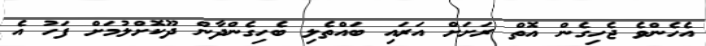
އެހެންވެ ޖެހިގެން އޮތް ރަށަށް އަރައި ބައްތެލި ބެހިގެންދާން ދޫކޮށްލުމަށް ފަހު އެ